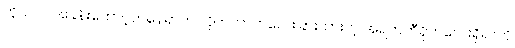
ကိုယ်လဲ အခန်းထောင့်တနေရာက လိုက်ကာကလေးခြားထားတဲ့ အရက်ဘီရိုကလေးရှိရာကို